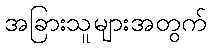
အခြားသူများအတွက်